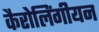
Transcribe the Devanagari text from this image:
कैरोलिंगीयन